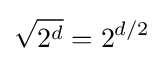
{\sqrt {2^{d}}}=2^{d/2}